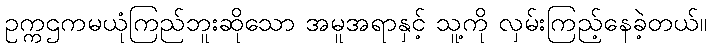
ဥက္ကဌကမယုံကြည်ဘူးဆိုသော အမူအရာနှင့် သူ့ကို လှမ်းကြည့်နေခဲ့တယ်။